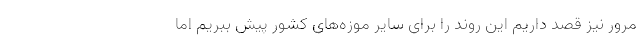
مرور نیز قصد داریم این روند را برای سایر موزه‌های کشور پیش ببریم اما